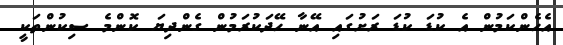
އެހެންކަމުން އެ ކުޑަ ކުޑަ ރަށުގައި އޭނާ ހޭދަކުރަމުން ގެންދިޔަ ކޮންމެ ސިކުންތަކީ